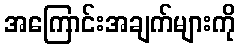
အကြောင်းအချက်များကို